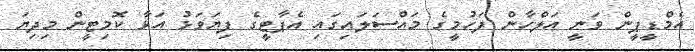
އެމްޑީޕީން ވަނީ އަލްހާން ފަހުމީގެ މައްސަލައިގައި އެޕާޓީގެ ފިޔަވަޅު އަޅާ ކޮމިޓީން މިދިޔަ